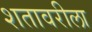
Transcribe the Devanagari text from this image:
शतावरीला